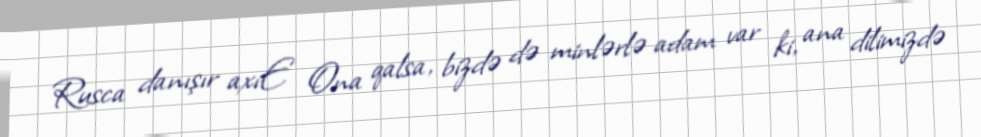
Rusca danışır axıE Ona qalsa, bizdə də minlərlə adam var ki, ana dilimizdə